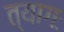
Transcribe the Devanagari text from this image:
त्यागः